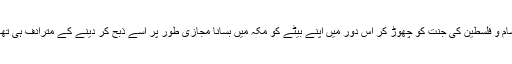
شام و فلسطین کی جنت کو چھوڑ کر اُس دور میں اپنے بیٹے کو مکہ میں بسانا مجازی طور پر اسے ذبح کر دینے کے مترادف ہی تھا۔